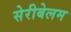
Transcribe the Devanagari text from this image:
सेरीबेलम